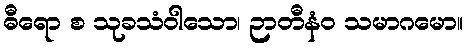
ဓီရော စ သုခသံဝါသော၊ ဉာတီနံဝ သမာဂမော။